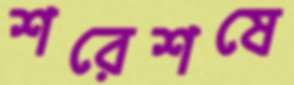
শরেশষে